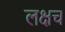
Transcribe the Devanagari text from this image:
लक्षच